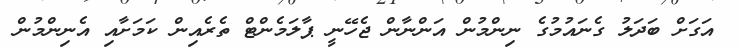
އަގަށް ބަދަލު ގެނައުމުގެ ނިންމުން އަންނާން ޖެހޭނީ ޕާލަމެންޓް ތެރެއިން ކަމަށާއި އެނިންމުން